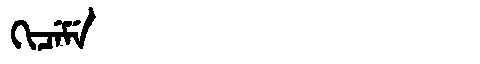
Manchu: ᡴᡳᠴᡝᠮᡝ
Romanization: KICEME